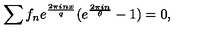
\sum f _ { n } e ^ { \frac { 2 \pi i n x } { q } } ( e ^ { \frac { 2 \pi i n } { \theta } } - 1 ) = 0 ,